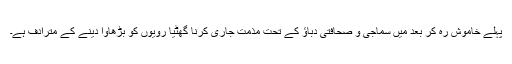
پہلے خاموش رہ کر بعد میں سماجی و صحافتی دباؤ کے تحت مذمت جاری کرنا گھٹیا رویوں کو بڑھاوا دینے کے مترادف ہے۔